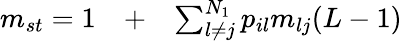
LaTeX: \begin{array}{rlr}{m_{st}=1}&{{}+}&{\sum_{l\neq j}^{N_{1}}p_{il}m_{lj}(L-1)}\end{array}